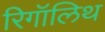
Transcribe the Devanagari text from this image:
रिगॉलिथ